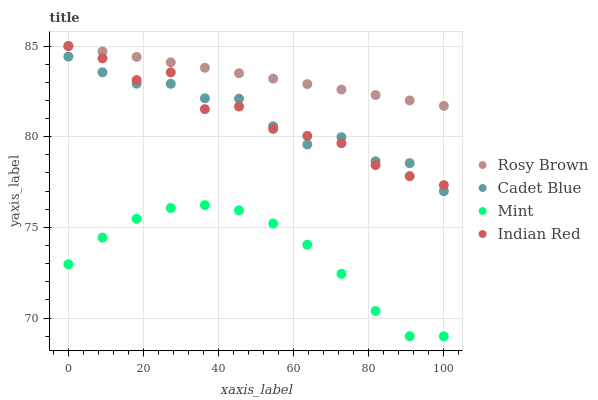
| xaxis_label | Rosy Brown | Cadet Blue | Mint | Indian Red |
 | --- | --- | --- | --- | --- |
 | 0 | 85 | 84.4 | 73 | 85 |
 | 9.09 | 84.7 | 83.6 | 74.4 | 84.3 |
 | 18.2 | 84.4 | 82.9 | 75.5 | 83.1 |
 | 27.3 | 84.1 | 82.9 | 76.1 | 83.5 |
 | 36.4 | 83.8 | 82.1 | 76.2 | 81.5 |
 | 45.5 | 83.5 | 82.1 | 75.9 | 81.7 |
 | 54.5 | 83.2 | 80.6 | 75.2 | 80.4 |
 | 63.6 | 82.9 | 79.6 | 74 | 80 |
 | 72.7 | 82.6 | 80 | 72.4 | 79.6 |
 | 81.8 | 82.3 | 78.6 | 70.4 | 78.4 |
 | 90.9 | 82 | 78.5 | 69 | 77.8 |
 | 100 | 81.7 | 77 | 69 | 77.3 |